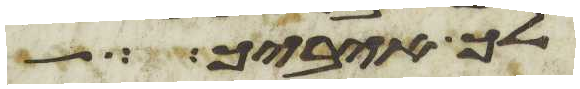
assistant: לך איביך